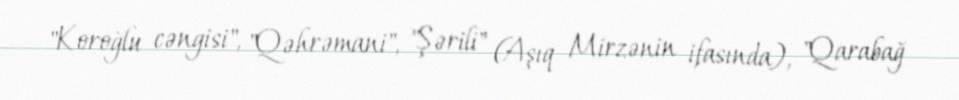
"Koroğlu cəngisi", "Qəhrəmani", "Şərili" (Aşıq Mirzənin ifasında), "Qarabağ